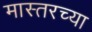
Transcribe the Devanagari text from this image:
मास्तरच्या